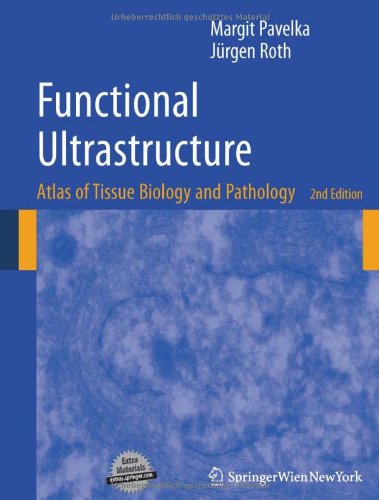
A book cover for Functional Ultrastructure: Atlas of Tissue Biology and Pathology; Margit Pavelka; Science & Math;